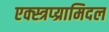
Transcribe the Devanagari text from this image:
एक्स्त्रप्य्रामिदल